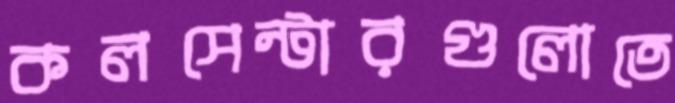
কলসেন্টারগুলোতে